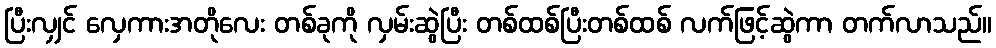
ပြီးလျှင် လှေကားအတိုလေး တစ်ခုကို လှမ်းဆွဲပြီး တစ်ထစ်ပြီးတစ်ထစ် လက်ဖြင့်ဆွဲကာ တက်လာသည်။